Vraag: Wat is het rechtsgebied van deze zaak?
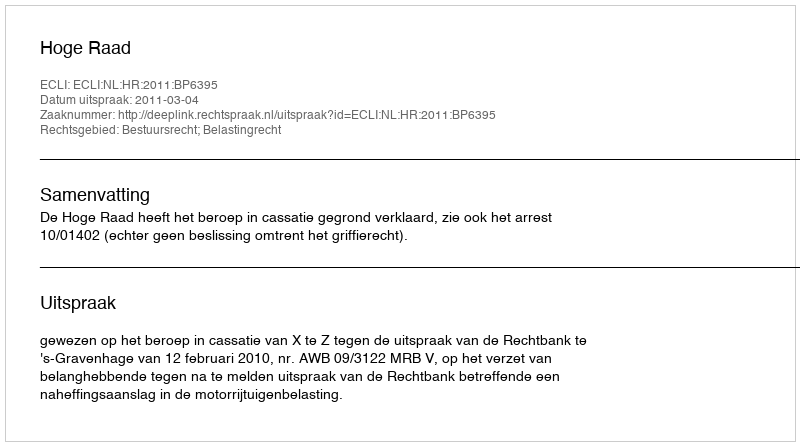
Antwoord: Bestuursrecht; Belastingrecht